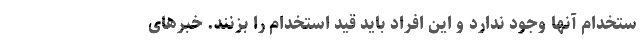
ستخدام آنها وجود ندارد و این افراد باید قید استخدام را بزنند. خبرهای